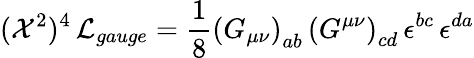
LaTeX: ({\cal X}^{2})^{4}\, {\cal L}_{gauge}=\frac{1}{8}\left(G_{\mu\nu}\right)_{ab}\, \left(G^{\mu\nu}\right)_{cd}\, \epsilon^{bc}\, \epsilon^{da}